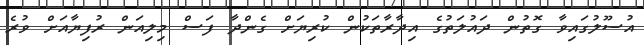
އުސޫލުގައިވާ ގޮތުން ދައުލަތުގެ އިދާރާތަކުން ކުރިޔަށް ގެންދާ ފަސް މިލިއަން ރުފިޔާއަށް ވުރެ